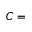
C =